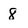
Character: 8